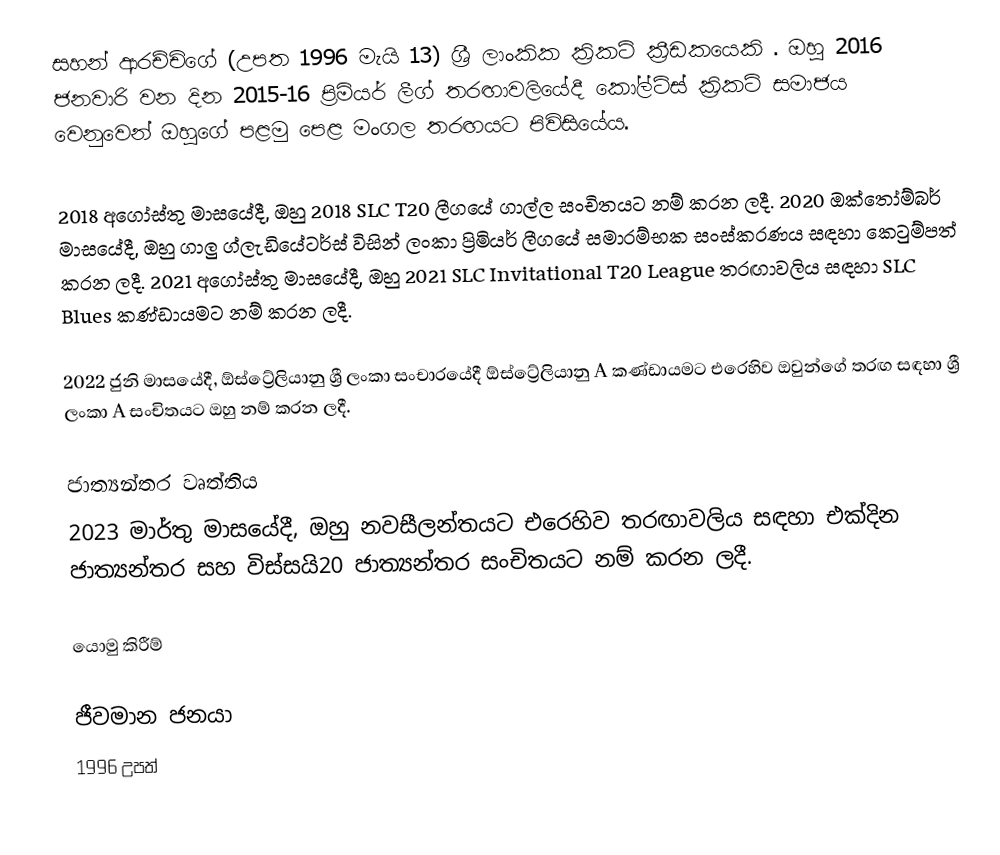
සහන් ආරච්චිගේ (උපත 1996 මැයි 13) ශ්‍රී ලාංකික ක්‍රිකට් ක්‍රීඩකයෙකි .  ඔහු 2016 ජනවාරි  වන දින 2015-16 ප්‍රිමියර් ලීග් තරඟාවලියේදී කෝල්ට්ස් ක්‍රිකට් සමාජය වෙනුවෙන් ඔහුගේ පළමු පෙළ මංගල තරඟයට පිවිසියේය.

2018 අගෝස්තු මාසයේදී, ඔහු 2018 SLC T20 ලීගයේ ගාල්ල සංචිතයට නම් කරන ලදී.  2020 ඔක්තෝම්බර් මාසයේදී, ඔහු ගාලු ග්ලැඩියේටර්ස් විසින් ලංකා ප්‍රිමියර් ලීගයේ සමාරම්භක සංස්කරණය සඳහා කෙටුම්පත් කරන ලදී.  2021 අගෝස්තු මාසයේදී, ඔහු 2021 SLC Invitational T20 League තරඟාවලිය සඳහා SLC Blues කණ්ඩායමට නම් කරන ලදී.

2022 ජුනි මාසයේදී, ඕස්ට්‍රේලියානු ශ්‍රී ලංකා සංචාරයේදී ඕස්ට්‍රේලියානු A කණ්ඩායමට එරෙහිව ඔවුන්ගේ තරඟ සඳහා ශ්‍රී ලංකා A සංචිතයට ඔහු නම් කරන ලදී.

ජාත්‍යන්තර වෘත්තිය
2023 මාර්තු මාසයේදී, ඔහු නවසීලන්තයට එරෙහිව තරඟාවලිය සඳහා එක්දින ජාත්‍යන්තර සහ විස්සයි20 ජාත්‍යන්තර සංචිතයට නම් කරන ලදී.

යොමු කිරීම්

ජීවමාන ජනයා
1996 උපත්